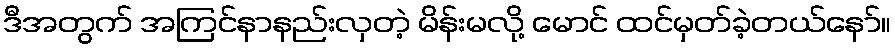
ဒီအတွက် အကြင်နာနည်းလှတဲ့ မိန်းမလို့ မောင် ထင်မှတ်ခဲ့တယ်နော်။